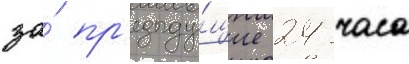
за́ пр'едыду́щие 24 часа